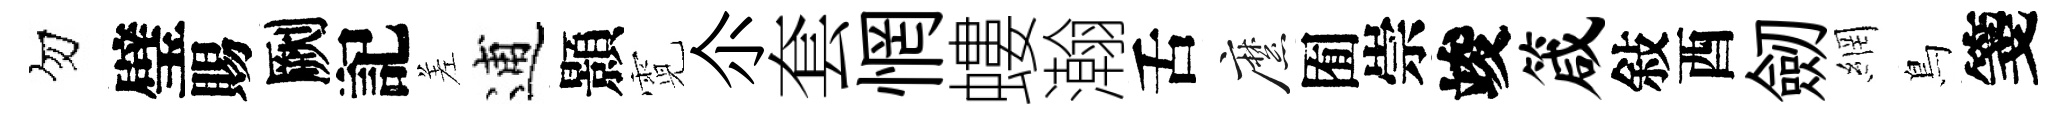
勿璧賜劂記差逋顥霓尒套惘螻瀚舌縻囿崇竣箴敍酉劒網鳥箋